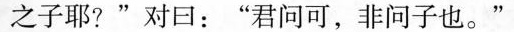
之子耶?”对口：”君问可，非问子也。”